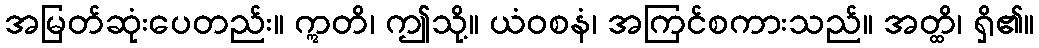
အမြတ်ဆုံးပေတည်း။ ဣတိ၊ ဤသို့။ ယံဝစနံ၊ အကြင်စကားသည်။ အတ္ထိ၊ ရှိ၏။